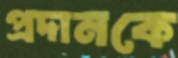
প্রদানকে